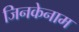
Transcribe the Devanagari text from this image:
जिनकेनाम